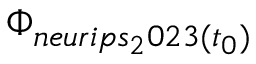
\Phi _ { n e u r i p s _ { 2 } 0 2 3 ( t _ { 0 } ) }